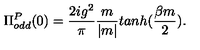
\Pi _ { o d d } ^ { P } ( 0 ) = \frac { 2 i g ^ { 2 } } { \pi } \frac { m } { | m | } t a n h ( \frac { \beta m } { 2 } ) .